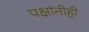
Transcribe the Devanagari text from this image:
पक्षांनीही